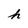
Character: h